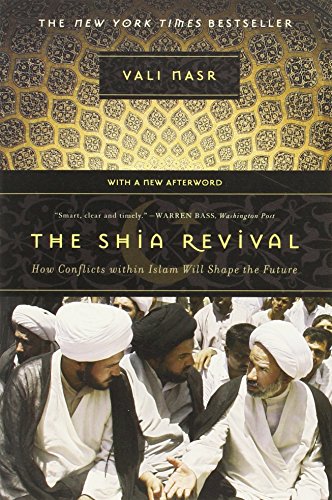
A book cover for The Shia Revival: How Conflicts within Islam Will Shape the Future; Vali Nasr; Religion & Spirituality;